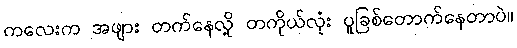
ကလေးက အဖျား တက်နေလို့ တကိုယ်လုံး ပူခြစ်တောက်နေတာပဲ။